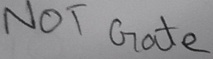
Text: NOT Gate